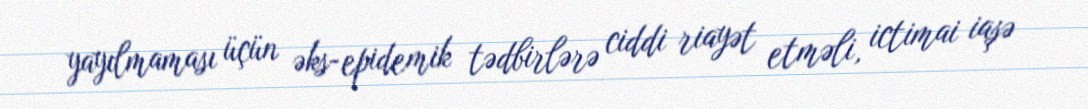
yayılmaması üçün əks-epidemik tədbirlərə ciddi riayət etməli, ictimai iaşə